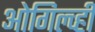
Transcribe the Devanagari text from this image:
ओगिल्व्ही